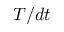
T / d t